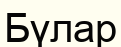
Бүлар